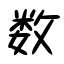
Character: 数